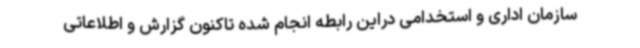
سازمان اداری و استخدامی دراین رابطه انجام شده تاکنون گزارش و اطلاعاتی